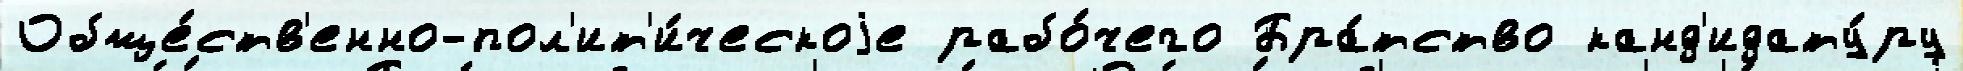
Обще́ств'енно-пол'ит'и́ческоjе рабо́чего Бра́тство канд'идату́ру